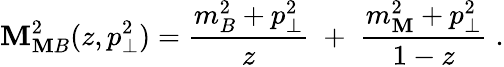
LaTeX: \mathbf{M}_{\mathbf{M}B}^{2}(z,p_{\perp}^{2})=\frac{{m_{B}^{2}+p_{\perp}^{2}}}{{z}}\; +\; \frac{{m_{\mathbf{M}}^{2}+p_{\perp}^{2}}}{{1-z}}\; .